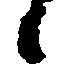
候